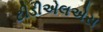
ટીડીએલએસ